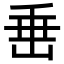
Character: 𡸁